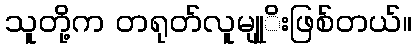
သူတို့က တရုတ်လူမျုုိးဖြစ်တယ်။